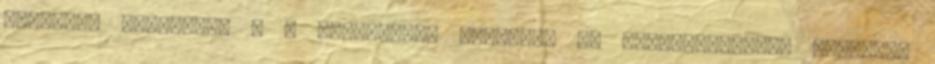
épületek esetében, d a középmagas szálloda és szállásjellegû épületek